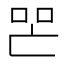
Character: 𱒛